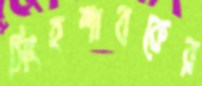
সিংহশাবকের